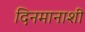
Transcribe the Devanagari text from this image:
दिनमानाशी